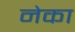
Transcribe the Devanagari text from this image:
नेका